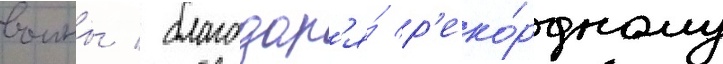
воины / благодар'я́ р'еко́рдному